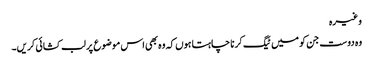
وغیرہ
وہ دوست جن کو میں ٹیگ کرنا چاہتا ہوں کہ وہ بھی اس موضوع پر لب کشائی کریں۔